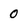
Character: 0